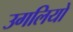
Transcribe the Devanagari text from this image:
उगलियो